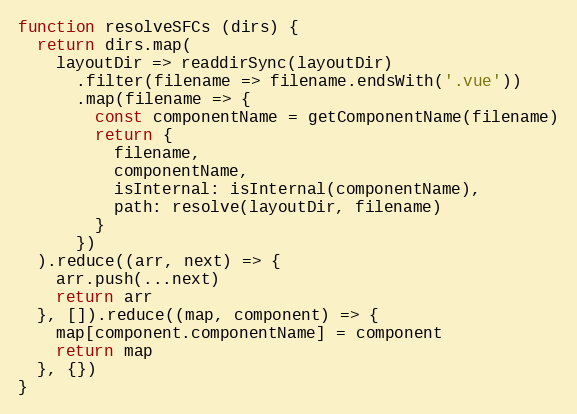
Language: JavaScript
function resolveSFCs (dirs) {
  return dirs.map(
    layoutDir => readdirSync(layoutDir)
      .filter(filename => filename.endsWith('.vue'))
      .map(filename => {
        const componentName = getComponentName(filename)
        return {
          filename,
          componentName,
          isInternal: isInternal(componentName),
          path: resolve(layoutDir, filename)
        }
      })
  ).reduce((arr, next) => {
    arr.push(...next)
    return arr
  }, []).reduce((map, component) => {
    map[component.componentName] = component
    return map
  }, {})
}